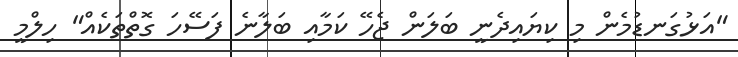
"އަޅުގަނޑުމެން މި ކިޔައިދެނީ ބަލަން ޖެހޭ ކަމާއި ބަލާނެ ފަސޭހަ ގޮތްތަކެއް" ހިލްމީ